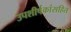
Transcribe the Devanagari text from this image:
उपशीर्षकांसहित